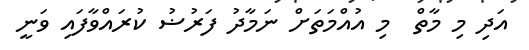
އަދި މި މާތް  މި އުއްމަތަށް ނަމާދު ފަރުޟު ކުރައްވާފައި ވަނީ